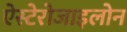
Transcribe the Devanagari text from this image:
ऐस्टेरोजाइलोन